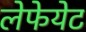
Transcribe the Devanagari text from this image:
लेफेयेट